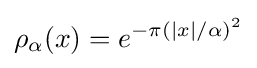
\rho _{\alpha }(x)=e^{-\pi (|x|/\alpha )^{2}}